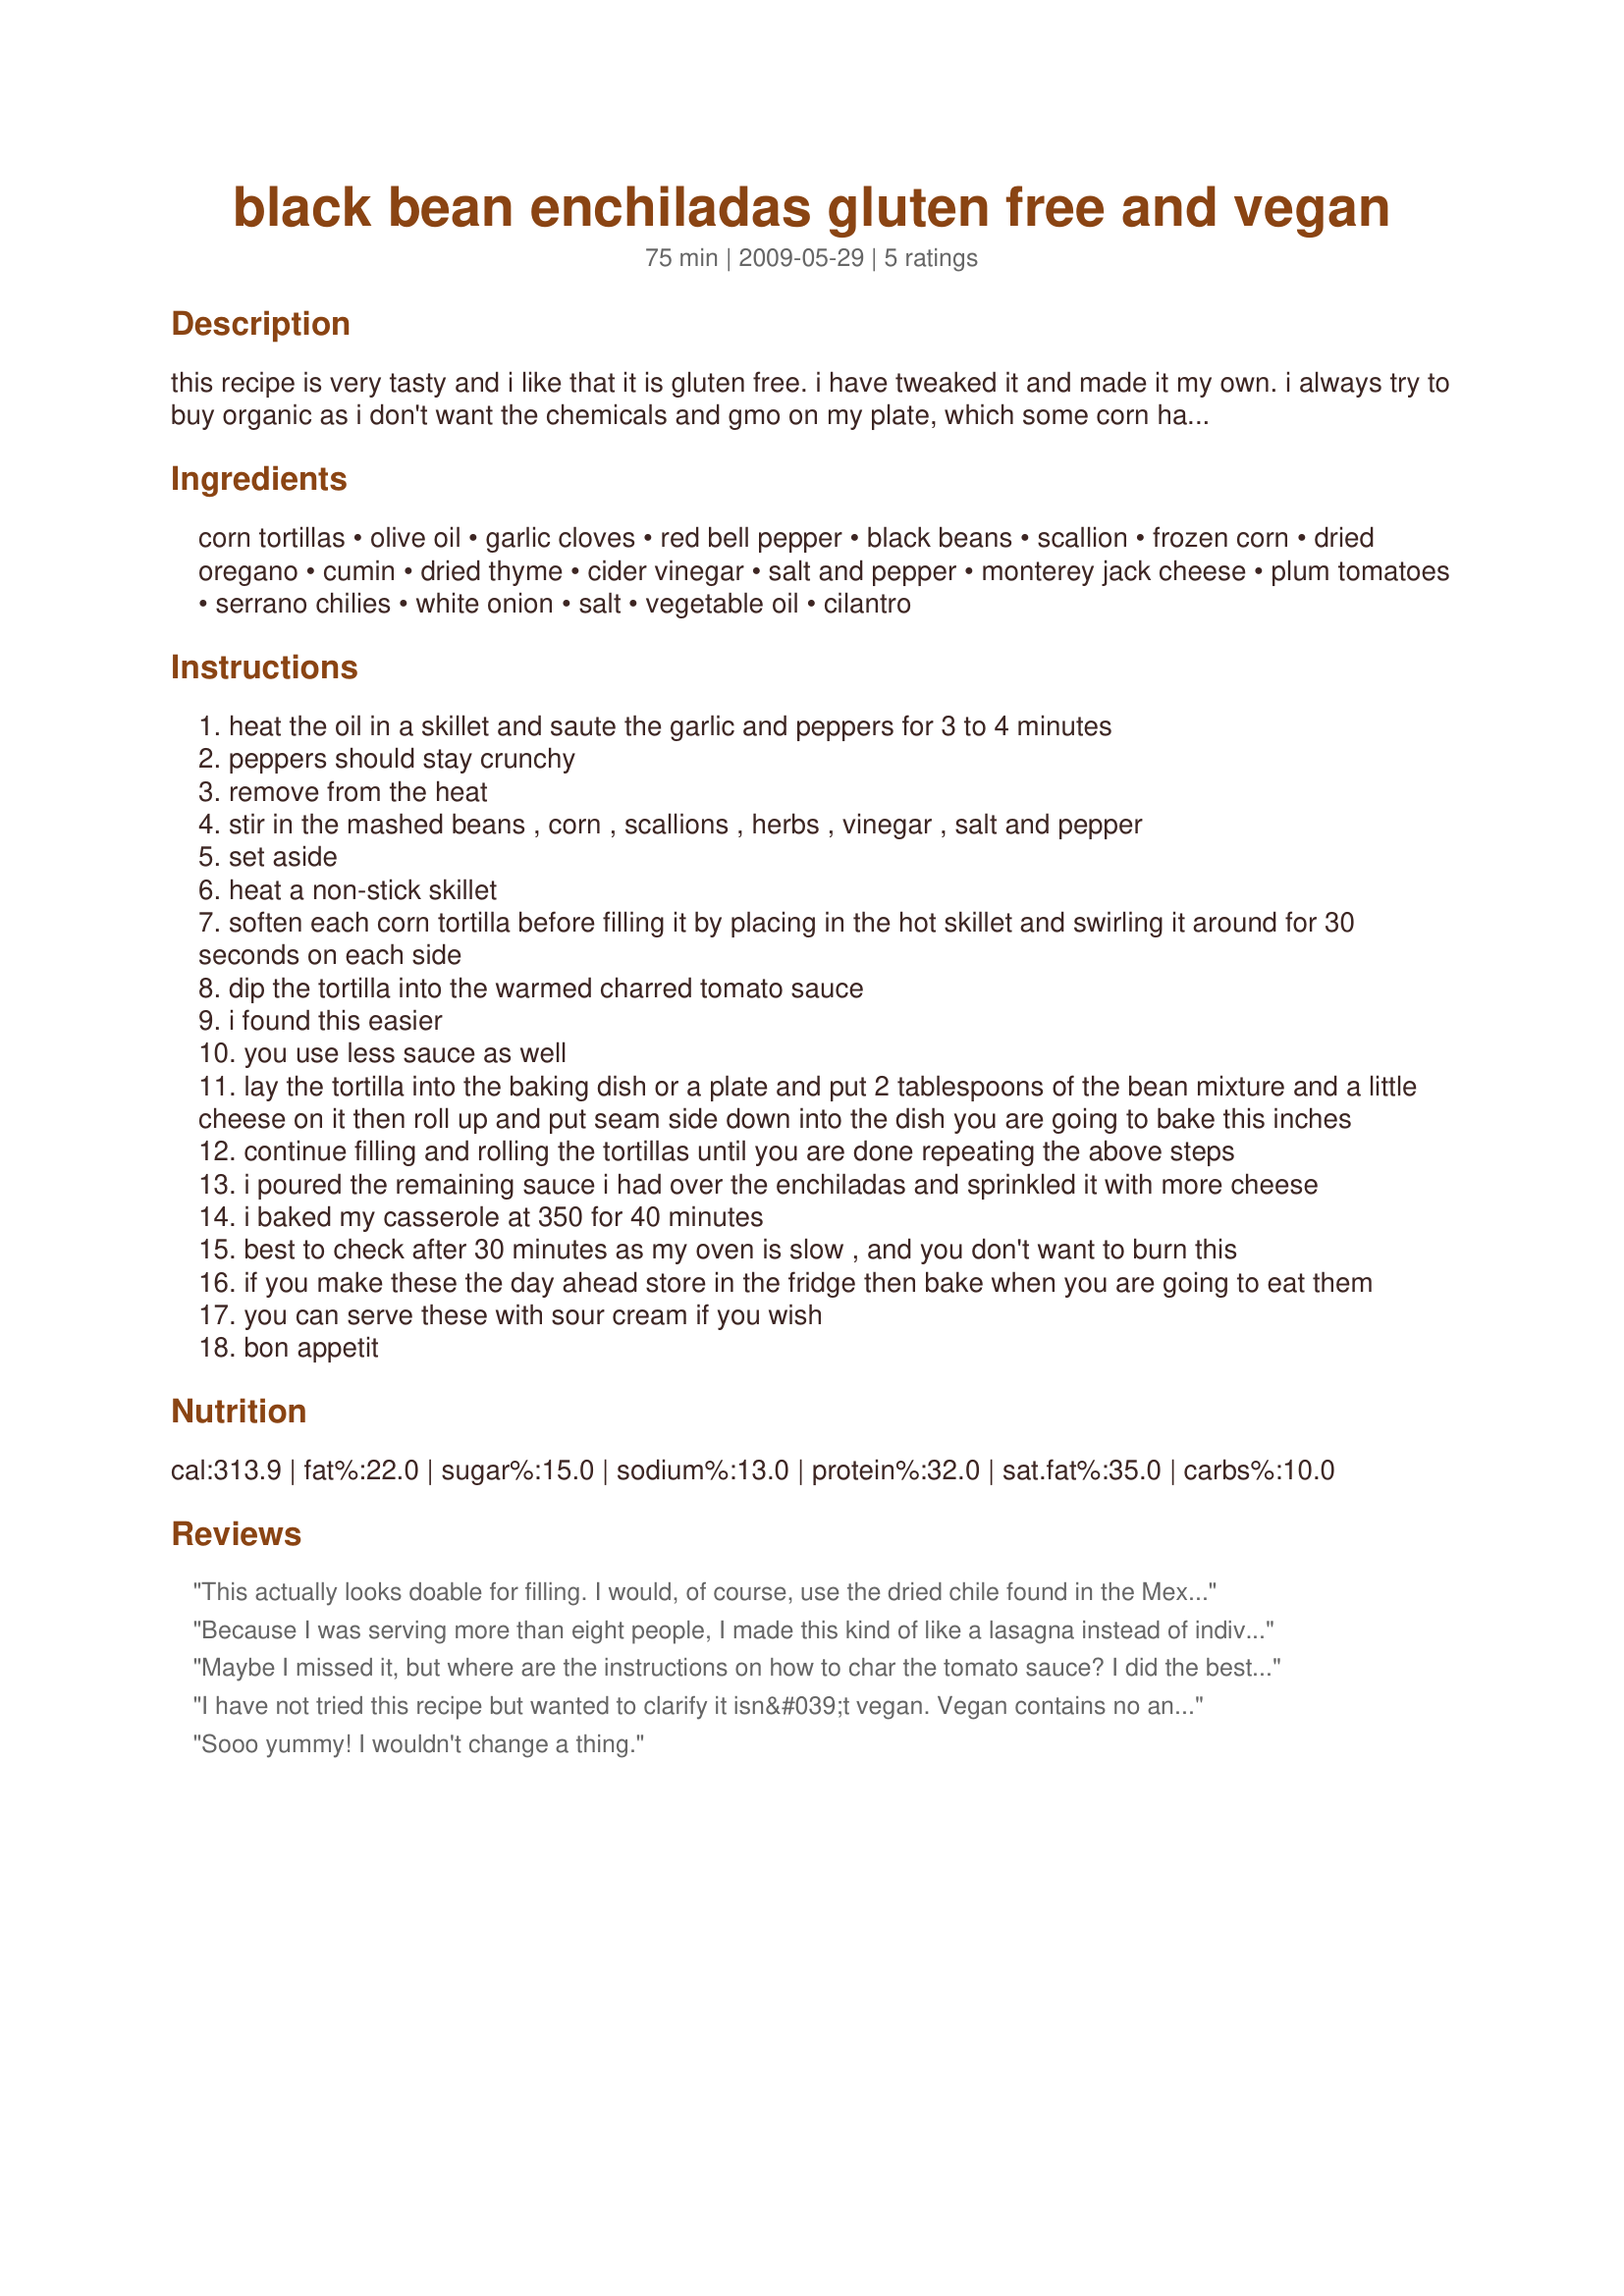
black bean enchiladas gluten free and vegan
Preparation time: 75 minutes

this recipe is very tasty and i like that it is gluten free. i have tweaked it and made it my own. i always try to buy organic as i don't want the chemicals and gmo on my plate, which some corn has. besides, the food just tastes better. i doubled the recipe and i made my own tortillas and cooked the dry beans in my pressure cooker. but you can buy the canned beans and ready made tortillas. it will save you a lot of time if you do. the sauce that goes with this is called charred tomato sauce. you should make this as it really compliments the dish. i even added some salas to my sauce to kick the flavour up a notch.

Ingredients:
corn tortillas, olive oil, garlic cloves, red bell pepper, black beans, scallion, frozen corn, dried oregano, cumin, dried thyme, cider vinegar, salt and pepper, monterey jack cheese, plum tomatoes, serrano chilies, white onion, salt, vegetable oil, cilantro

Steps:
heat the oil in a skillet and saute the garlic and peppers for 3 to 4 minutes
peppers should stay crunchy
remove from the heat
stir in the mashed beans , corn , scallions , herbs , vinegar , salt and pepper
set aside
heat a non-stick skillet
soften each corn tortilla before filling it by placing in the hot skillet and swirling it around for 30 seconds on each side
dip the tortilla into the warmed charred tomato sauce
i found this easier
you use less sauce as well
lay the tortilla into the baking dish or a plate and put 2 tablespoons of the bean mixture and a little cheese on it then roll up and put seam side down into the dish you are going to bake this inches
continue filling and rolling the tortillas until you are done repeating the above steps
i poured the remaining sauce i had over the enchiladas and sprinkled it with more cheese
i baked my casserole at 350 for 40 minutes
best to check after 30 minutes as my oven is slow , and you don't want to burn this
if you make these the day ahead store in the fridge then bake when you are going to eat them
you can serve these with sour cream if you wish
bon appetit

Reviews:
This actually looks doable for filling. I would, of course, use the dried chile found in the Mexican food section in the bag and make the chile sauce from scratch with Hatch chilis. If not, then it would be good to search for the Hatch brand of enchilada sauce. Tomato sauce is so, Yanqui!<br/>I'll give this a try!
Because I was serving more than eight people, I made this kind of like a lasagna instead of individual enchiladas. I did sauce on the bottom, corn tortillas as a layer then the beans. Then, I repeated the layers and topped with cheese. It was amazing! The corn gave it a little kick of sweetness. I am so sad there are no leftovers for lunch today.
Maybe I missed it, but where are the instructions on how to char the tomato sauce? I did the best I could, its in the oven now and smells good. Hoping it turns out good!
I have not tried this recipe but wanted to clarify it isn&#039;t vegan. Vegan contains no animal product including cheese; the correction notation would be vegetarian. I often look for vegan recipes due to a milk allergy.
Sooo yummy! I wouldn't change a thing.
